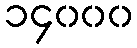
၁၄၀၀၀